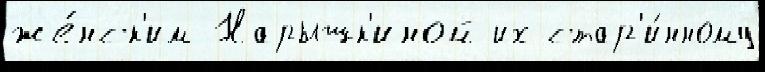
же́нск'им Нарышк'иной их стар'и́нному